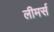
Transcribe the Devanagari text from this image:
लीमर्स